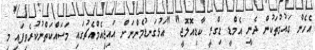
އެހެން ގައުމުތަކުން ދެނީ އެމްޑީ ޑިގްރީ ކާޑިއޮލޮޖީ" "އަޅުގަނޑުމެންނަށް އައިޖީއެމްއެޗުގައި މަސައްކަތްނުކުރެވިފައި މި